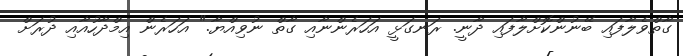
ގާތްވެލާފައި ބޭނުންކޮށްލާފައި ދާނީ. ރަނގަޅީ އަހަރެންނާއި ގާތް ނުވިއްޔާ." އަހަރެން އިމްދާހުއާއި ދުރަށް